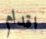
اقدام